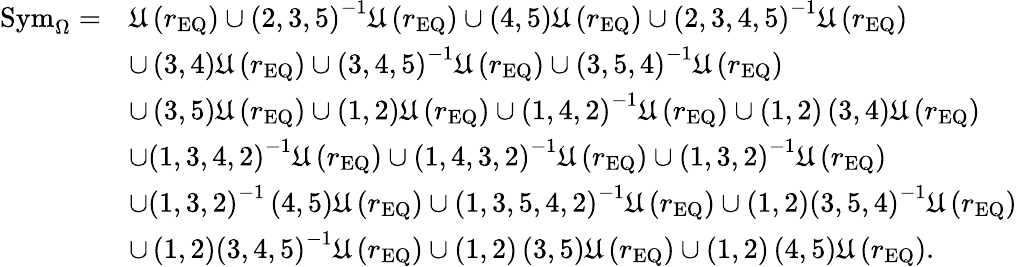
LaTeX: \begin{array}{rl}{\mathrm{Sym}_{\Omega}=}&{\mathfrak{U}\left(r_{\mathrm{EQ}}\right)\cup\left(2,3,5\right)^{-1}\mathfrak{U}\left(r_{\mathrm{EQ}}\right)\cup\left(4,5\right)\mathfrak{U}\left(r_{\mathrm{EQ}}\right)\cup\left(2,3,4,5\right)^{-1}\mathfrak{U}\left(r_{\mathrm{EQ}}\right)}\\ &{\cup\left(3,4\right)\mathfrak{U}\left(r_{\mathrm{EQ}}\right)\cup\left(3,4,5\right)^{-1}\mathfrak{U}\left(r_{\mathrm{EQ}}\right)\cup\left(3,5,4\right)^{-1}\mathfrak{U}\left(r_{\mathrm{EQ}}\right)}\\ &{\cup\left(3,5\right)\mathfrak{U}\left(r_{\mathrm{EQ}}\right)\cup\left(1,2\right)\mathfrak{U}\left(r_{\mathrm{EQ}}\right)\cup\left(1,4,2\right)^{-1}\mathfrak{U}\left(r_{\mathrm{EQ}}\right)\cup\left(1,2\right)\left(3,4\right)\mathfrak{U}\left(r_{\mathrm{EQ}}\right)}\\ &{\cup\left(1,3,4,2\right)^{-1}\mathfrak{U}\left(r_{\mathrm{EQ}}\right)\cup\left(1,4,3,2\right)^{-1}\mathfrak{U}\left(r_{\mathrm{EQ}}\right)\cup\left(1,3,2\right)^{-1}\mathfrak{U}\left(r_{\mathrm{EQ}}\right)}\\ &{\cup\left(1,3,2\right)^{-1}\left(4,5\right)\mathfrak{U}\left(r_{\mathrm{EQ}}\right)\cup\left(1,3,5,4,2\right)^{-1}\mathfrak{U}\left(r_{\mathrm{EQ}}\right)\cup\left(1,2\right)\left(3,5,4\right)^{-1}\mathfrak{U}\left(r_{\mathrm{EQ}}\right)}\\ &{\cup\left(1,2\right)\left(3,4,5\right)^{-1}\mathfrak{U}\left(r_{\mathrm{EQ}}\right)\cup\left(1,2\right)\left(3,5\right)\mathfrak{U}\left(r_{\mathrm{EQ}}\right)\cup\left(1,2\right)\left(4,5\right)\mathfrak{U}\left(r_{\mathrm{EQ}}\right).}\end{array}